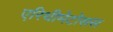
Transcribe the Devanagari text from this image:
एरिथीमेटोसस